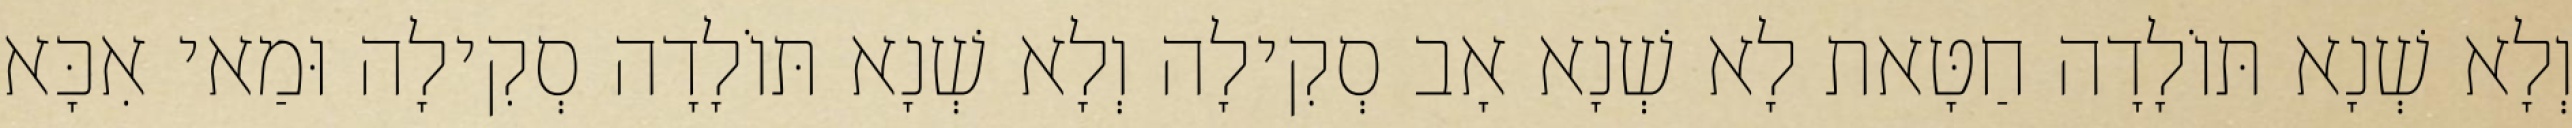
וְלָא שְׁנָא תּוֹלָדָה חַטָּאת לָא שְׁנָא אָב סְקִילָה וְלָא שְׁנָא תּוֹלָדָה סְקִילָה וּמַאי אִכָּא